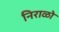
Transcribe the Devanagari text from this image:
निराळो